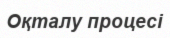
Оқталу процесі